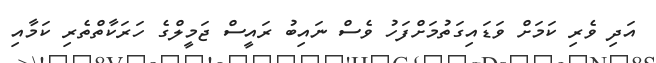
އަދި ވެރި ކަމަށް ވަޑައިގަތުމަށްފަހު ވެސް ނައިބު ރައީސް ޖަމީލްގެ ހަރަކާތްތެރި ކަމާއި